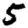
Digit: 5